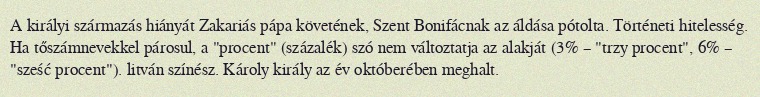
A királyi származás hiányát Zakariás pápa követének, Szent Bonifácnak az áldása pótolta. Történeti hitelesség. Ha tőszámnevekkel párosul, a "procent" (százalék) szó nem változtatja az alakját (3% – "trzy procent", 6% – "sześć procent"). litván színész. Károly király az év októberében meghalt.